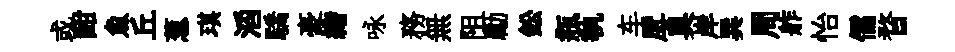
或酣魚丘葱琪滔驕豪緖咏務無阻勵鈆瓶執车戽臭岸巽周舴怡儒瞀